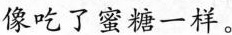
像吃了蜜糖一样。